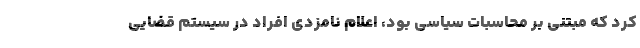
کرد که مبتنی بر محاسبات سیاسی بود، اعلام نامزدی افراد در سیستم قضایی